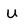
Character: U